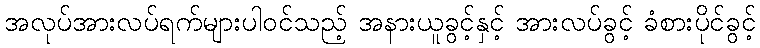
အလုပ်အားလပ်ရက်များပါဝင်သည့် အနားယူခွင့်နှင့် အားလပ်ခွင့် ခံစားပိုင်ခွင့်